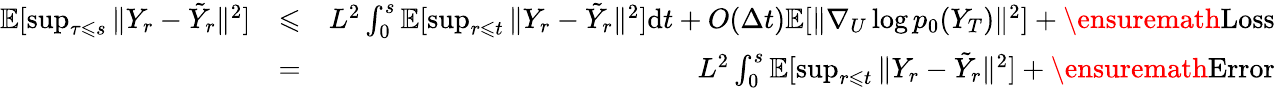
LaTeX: \begin{array}{rlr}{\mathbb{E}[\operatorname*{sup}_{\tau\leqslant s}\| Y_{r}-\tilde{Y}_{r}\| ^{2}]}&{\leqslant}&{L^{2}\int_{0}^{s}\mathbb{E}[\operatorname*{sup}_{r\leqslant t}\| Y_{r}-\tilde{Y}_{r}\| ^{2}]\mathrm{d}t+O(\Delta t)\mathbb{E}[\| \nabla_{U}\log p_{0}(Y_{T})\| ^{2}]+\ensuremath{\operatorname{Loss}}}\\ &{=}&{L^{2}\int_{0}^{s}\mathbb{E}[\operatorname*{sup}_{r\leqslant t}\| Y_{r}-\tilde{Y}_{r}\| ^{2}]+\ensuremath{\operatorname{Error}}}\end{array}